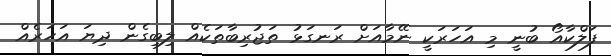
ފަލްކާއޯ ބުނީ މި އަހަރަކީ ނޭމާއަށް ރަނގަޅު ތަޖުރިބާތަކެއް ލިބިގެން ދިޔަ އަހަރެއް